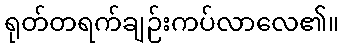
ရုတ်တရက်ချဉ်းကပ်လာလေ၏။